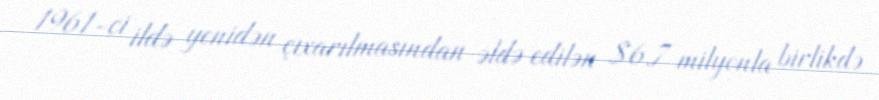
1961-ci ildə yenidən çıxarılmasından əldə edilən $6.7 milyonla birlikdə